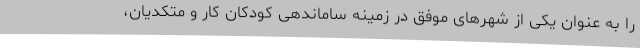
را به عنوان یکی از شهرهای موفق در زمینه ساماندهی کودکان کار و متکدیان،